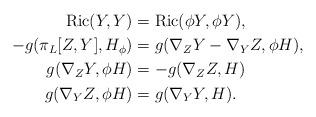
LaTeX: \begin{align*} {\rm Ric}(Y, Y) &= {\rm Ric}(\phi Y, \phi Y), \\-g(\pi_{L}[Z, Y], H_{\phi}) &= g(\nabla_{Z} Y - \nabla_{Y} Z, \phi H), \\g(\nabla_{Z} Y , \phi H) &= - g(\nabla_{Z}Z, H) \\g(\nabla_{Y} Z, \phi H) &= g(\nabla_{Y}Y, H).\end{align*}